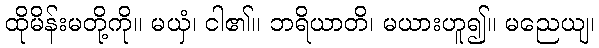
ထိုမိန်းမတို့ကို။ မယှံ၊ ငါ၏။ ဘရိယာတိ၊ မယားဟူ၍။ မညေယျ၊